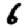
Digit: 6